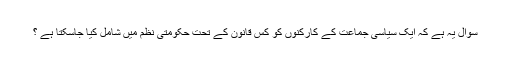
سوال یہ ہے کہ ایک سیاسی جماعت کے کارکنوں کو کس قانون کے تحت حکومتی نظم میں شامل کیا جاسکتا ہے ؟